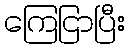
ကြေငြာပြီး